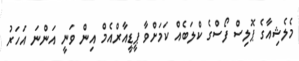
މެލެޝިއާގެ ޕޮލިސް ފޯސްގެ ކްލަބެއް ކަމަށްވާ ޕީޑީއާރްއެމް އިން ވަނީ އަންނަ އަހަރު